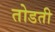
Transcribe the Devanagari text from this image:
तोडती